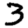
Digit: 3